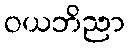
ဝယဘိညာ